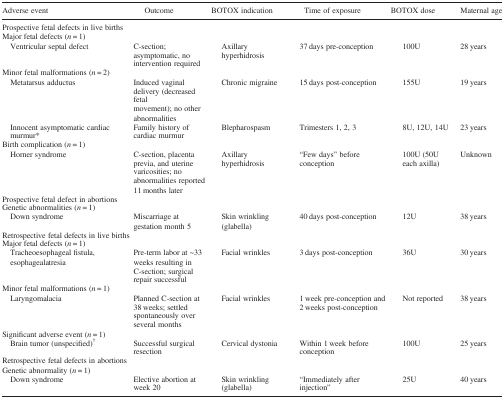
<table><thead><tr><td><b>Adverse event</b></td><td><b>Outcome</b></td><td><b>BOTOX indication</b></td><td><b>Time of exposure</b></td><td><b>BOTOX dose</b></td><td><b>Maternal age</b></td></tr></thead><tbody><tr><td colspan="6">Prospective fetal defects in live births</td></tr><tr><td colspan="6">Major fetal defects (<i>n</i> = 1)</td></tr><tr><td>Ventricular septal defect</td><td>C‐section; asymptomatic, no intervention required</td><td>Axillary hyperhidrosis</td><td>37 days pre‐conception</td><td>100U</td><td>28 years</td></tr><tr><td colspan="6">Minor fetal malformations (<i>n</i> = 2)</td></tr><tr><td>Metatarsus adductus</td><td>Induced vaginal delivery (decreased fetal movement); no other abnormalities</td><td>Chronic migraine</td><td>15 days post‐conception</td><td>155U</td><td>19 years</td></tr><tr><td>Innocent asymptomatic cardiac murmur*</td><td>Family history of cardiac murmur</td><td>Blepharospasm</td><td>Trimesters 1, 2, 3</td><td>8U, 12U, 14U</td><td>23 years</td></tr><tr><td colspan="6">Birth complication (<i>n</i> = 1)</td></tr><tr><td>Horner syndrome</td><td>C‐section, placenta previa, and uterine varicosities; no abnormalities reported 11 months later</td><td>Axillary hyperhidrosis</td><td>“Few days” before conception</td><td>100U (50U each axilla)</td><td>Unknown</td></tr><tr><td colspan="6">Prospective fetal defect in abortions</td></tr><tr><td colspan="6">Genetic abnormalities (<i>n</i> = 1)</td></tr><tr><td>Down syndrome</td><td>Miscarriage at gestation month 5</td><td>Skin wrinkling (glabella)</td><td>40 days post‐conception</td><td>12U</td><td>38 years</td></tr><tr><td colspan="6">Retrospective fetal defects in live births</td></tr><tr><td colspan="6">Major fetal defects (<i>n</i> = 1)</td></tr><tr><td>Tracheoesophageal fistula, esophagealatresia</td><td>Pre‐term labor at ~33 weeks resulting in C‐section; surgical repair successful</td><td>Facial wrinkles</td><td>3 days post‐conception</td><td>36U</td><td>30 years</td></tr><tr><td colspan="6">Minor fetal malformations (<i>n</i> = 1)</td></tr><tr><td>Laryngomalacia</td><td>Planned C‐section at 38 weeks; settled spontaneously over several months</td><td>Facial wrinkles</td><td>1 week pre‐conception and 2 weeks post‐conception</td><td>Not reported</td><td>38 years</td></tr><tr><td colspan="6">Significant adverse event (<i>n</i> = 1)</td></tr><tr><td>Brain tumor (unspecified)†</td><td>Successful surgical resection</td><td>Cervical dystonia</td><td>Within 1 week before conception</td><td>100U</td><td>25 years</td></tr><tr><td colspan="6">Retrospective fetal defects in abortions</td></tr><tr><td colspan="6">Genetic abnormality (<i>n</i> = 1)</td></tr><tr><td>Down syndrome</td><td>Elective abortion at week 20</td><td>Skin wrinkling (glabella)</td><td>“Immediately after injection”</td><td>25U</td><td>40 years</td></tr></tbody></table>